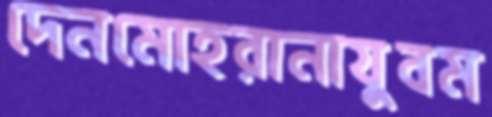
দেনমোহরানাযুবম